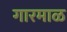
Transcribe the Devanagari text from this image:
गारमाळ